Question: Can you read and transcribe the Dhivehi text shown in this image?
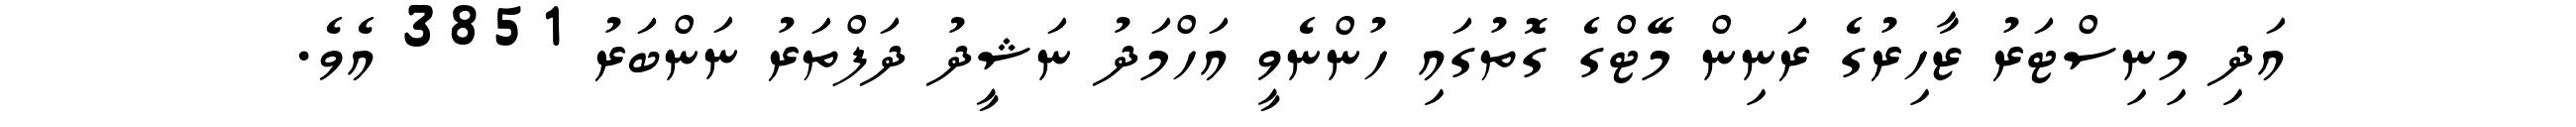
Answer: އަދި މިނިސްޓަރު ޒާހިރުގެ ރަނިން މޭޓްގެ ގޮތުގައި ހުންނެވީ އަހްމަދު ނަޝީދު ދަފްތަރު ނަންބަރު 3851 އެވެ.